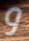
و